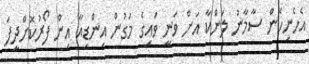
އެހެނިހެން ސާމާނު ލަންކާ އަށް ވަނީ ވައިގެ މަގުން އިންޑިއާ އިން ފޯރުކޮށްދީފަ